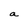
Character: a